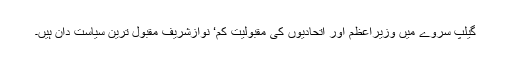
گیلپ سروے میں وزیراعظم اور اتحادیوں کی مقبولیت کم‘ نوازشریف مقبول ترین سیاست دان ہیں۔